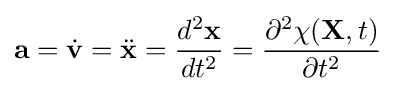
\mathbf {a} ={\dot {\mathbf {v} }}={\ddot {\mathbf {x} }}={\frac {d^{2}\mathbf {x} }{dt^{2}}}={\frac {\partial ^{2}\chi (\mathbf {X} ,t)}{\partial t^{2}}}